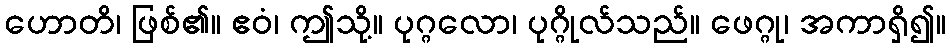
ဟောတိ၊ ဖြစ်၏။ ဧဝံ၊ ဤသို့။ ပုဂ္ဂလော၊ ပုဂ္ဂိုလ်သည်။ ဖေဂ္ဂု၊ အကာရှိ၍။